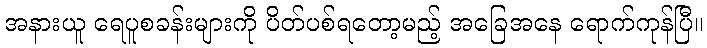
အနားယူ ရေပူစခန်းများကို ပိတ်ပစ်ရတော့မည့် အခြေအနေ ရောက်ကုန်ပြီ။